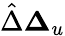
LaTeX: \hat{\Delta}\le\Delta_{u}